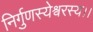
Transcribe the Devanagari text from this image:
निर्गुणस्येश्वरस्य।।